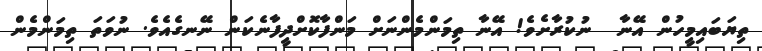
ތިޔަބައިމީހުން އޭނާ  ނުކުރާށެވެ! އޭނާ ތިމަންމެންނަށް މަންފާކޮށްދީފާނެކަން ނޭނގެއެވެ. ނުވަތަ ތިމަންމެން